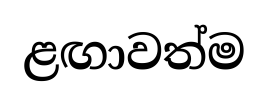
ළඟාවත්ම